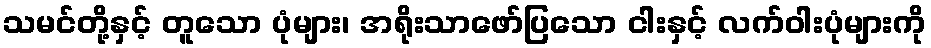
သမင်တို့နှင့် တူသော ပုံများ၊ အရိုးသာဖော်ပြသော ငါးနှင့် လက်ဝါးပုံများကို